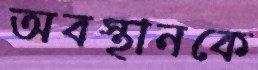
অবস্থানকে